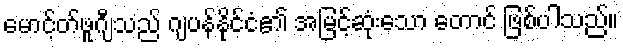
မောင့်တ်ဖူဂျီသည် ဂျပန်နိုင်ငံ၏ အမြင့်ဆုံးသော တောင် ဖြစ်ပါသည်။